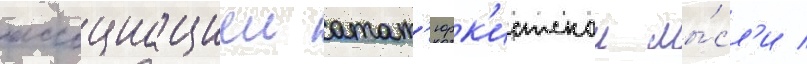
ассоциациеи атат'юрк'истскои мы́сл'и /